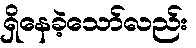
ရှိနေခဲ့သော်လည်း